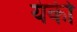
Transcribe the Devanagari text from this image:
यंकी